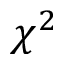
\chi ^ { 2 }